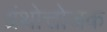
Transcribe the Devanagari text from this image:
ग्रंथोत्तोजक